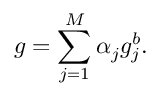
g = \sum _ { j = 1 } ^ { M } \alpha _ { j } g _ { j } ^ { b } .